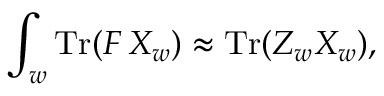
\int _ { w } \mathrm { T r } ( F \, X _ { w } ) \approx \mathrm { T r } ( Z _ { w } X _ { w } ) ,